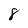
Character: 8